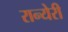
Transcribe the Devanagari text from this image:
रान्येरी